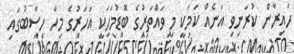
ހައިރާން ކުރަނިވި އަނެއް ކަމަކީ މި ވައްތަރުގެ ބޮޑުމަހަކީ އަހަރުގެ މިހާ ހިސާބުގައި